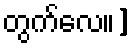
တွက်လေ။]